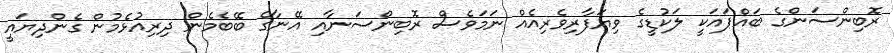
ރޮބިންސަންގެ ބައްޕައަކީ ލަކުޑީގެ ވިޔަފާރިވެރިއެއް ނަމަވެސް ރޮބިންސަނާއި އޭނާގެ ބޭބެމެން ދިރިއުޅެމުން ގެންދިޔައީ